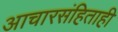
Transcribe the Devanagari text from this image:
आचारसंहिताही